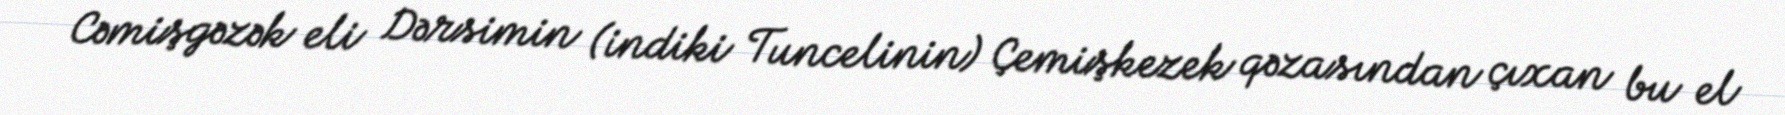
Cəmişgəzək eli Dərsimin (indiki Tuncelinin) Çemişkezek qəzasından çıxan bu el